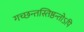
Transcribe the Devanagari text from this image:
गच्छन्तस्तिष्ठन्तोऽपि